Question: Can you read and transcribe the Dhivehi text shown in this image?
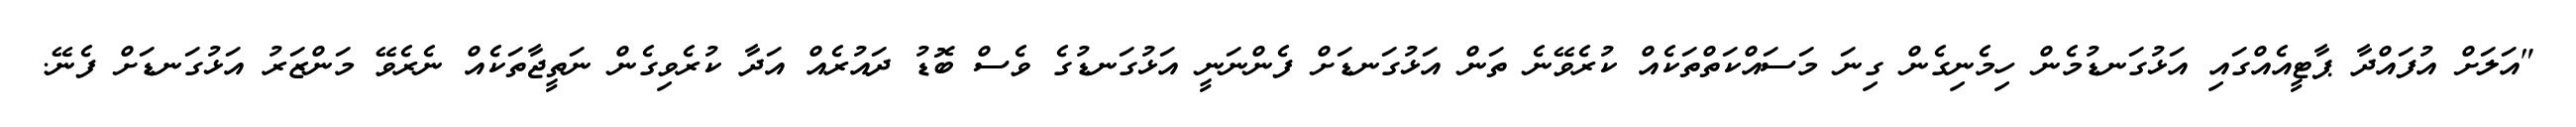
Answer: "އަލަށް އުފައްދާ ޕާޓީއެއްގައި އަޅުގަނޑުމެން ހިމެނިގެން ގިނަ މަސައްކަތްތަކެއް ކުރެވޭނެ ތަން އަޅުގަނޑަށް ފެންނަނީ އަޅުގަނޑުގެ ވެސް ބޮޑު ދައުރެއް އަދާ ކުރެވިގެން ނަތީޖާތަކެއް ނެރެވޭ މަންޒަރު އަޅުގަނޑަށް ފެނޭ.